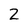
Character: Z